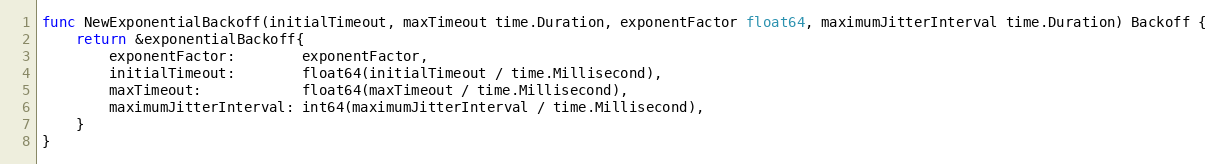
Language: Go
func NewExponentialBackoff(initialTimeout, maxTimeout time.Duration, exponentFactor float64, maximumJitterInterval time.Duration) Backoff {
	return &exponentialBackoff{
		exponentFactor:        exponentFactor,
		initialTimeout:        float64(initialTimeout / time.Millisecond),
		maxTimeout:            float64(maxTimeout / time.Millisecond),
		maximumJitterInterval: int64(maximumJitterInterval / time.Millisecond),
	}
}